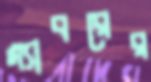
গ্যাবরের